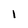
Character: 1